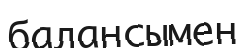
балансымен